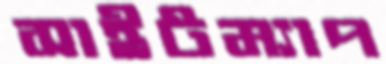
সাইটম্যাপ